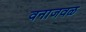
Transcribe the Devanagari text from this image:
वनाजवळ